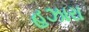
હઝારા